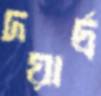
দয়ার্দ্র